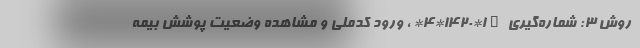
روش ۳: شماره‌گیری #۱*۱۴۲۰*۴* ، ورود کدملی و مشاهده وضعیت پوشش بیمه